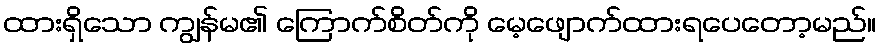
ထားရှိသော ကျွန်မ၏ ကြောက်စိတ်ကို မေ့ဖျောက်ထားရပေတော့မည်။